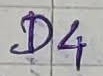
Text: D4